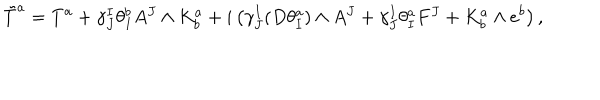
\tilde { T } ^ { a } = T ^ { a } + \gamma _ { J } ^ { I } \theta _ { I } ^ { b } A ^ { J } \wedge K _ { b } ^ { a } + i \left( \gamma _ { J } ^ { I } ( D \theta _ { I } ^ { a } ) \wedge A ^ { J } + \gamma _ { J } ^ { I } \theta _ { I } ^ { a } F ^ { J } + K _ { b } ^ { a } \wedge e ^ { b } \right) ,